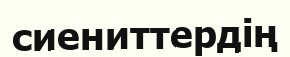
сиениттердің